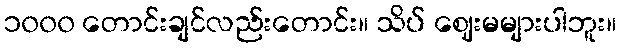
၁၀၀၀ တောင်းချင်လည်းတောင်း။ သိပ် ဈေးမများပါဘူး။